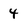
Character: 4